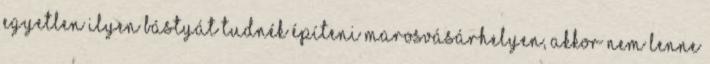
egyetlen ilyen bástyát tudnék építeni Marosvásárhelyen, akkor nem lenne